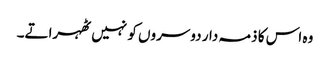
وہ اس کا ذمہ دار دوسروں کو نہیں ٹھہراتے۔